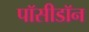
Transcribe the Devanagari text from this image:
पॉसीडॉन